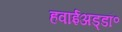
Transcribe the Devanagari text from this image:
हवाईअड्डॉ॰